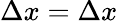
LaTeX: \Delta x=\Delta x